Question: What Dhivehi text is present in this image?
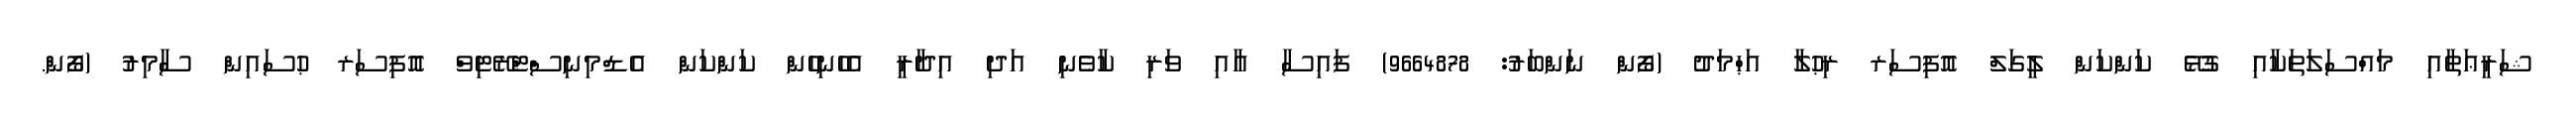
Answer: ޝަރީޢަތާއި މައްސަލަތަކާއި ގުޅޭ ކަންކަން ލީގަލް އޮފިސަރ ރިޙުލާ އަޙްމަދު (ފޯން ނަންބަރު: 9664878) ފައިސާ އާއި ވަރި ކާވެނި އަދި އިދާރީ އެހެނިހެން ކަންކަން އެޑްމިނިސްޓްރޭޓިވް އޮފިސަރ ޙުސައިން ސާމިރު (ފޯން.